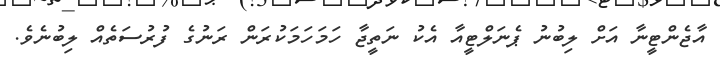
އާޖެންޓީނާ އަށް ލިބުނު ޕެނަލްޓީއާ އެކު ނަތީޖާ ހަމަހަމަކުރަން ރަނުގެ ފުރުސަތެއް ލިބުނެވެ.